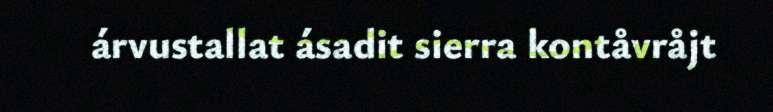
árvustallat ásadit sierra kontåvråjt